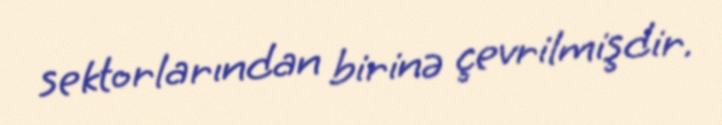
sektorlarından birinə çevrilmişdir.